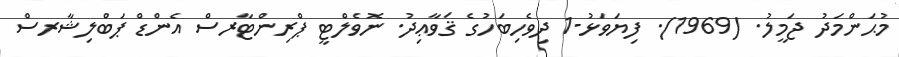
މުޙަންމަދު ޖަމީލު. (1969). ފިޔަވަޅު-1 ދިވެހިބަހުގެ ޤަވާޢިދު. ނޮވެލްޓީ ޕްރިންޓާރސް އެންޑް ޕަބްލިޝާރސް